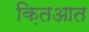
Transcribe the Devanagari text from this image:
क़ितआत